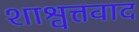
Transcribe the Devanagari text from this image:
शाश्वत्तवाद